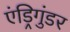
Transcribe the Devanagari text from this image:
एंड्रिगुंडर